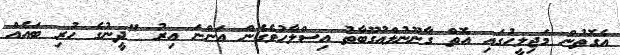
އެގޮތުން މަޖިލީހުގައި އޮތް ގާނޫނުލްއުގޫބާތު އިސްލާހުވެގެން އަންނަ އިރު "ދީނުގެ ހުރި ބައެއް